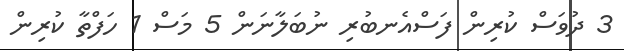
3 ދުވަސް ކުރިން ފަސްއެނބުރި ނުބަލާނަން 5 މަސް 1 ހަފްތާ ކުރިން